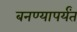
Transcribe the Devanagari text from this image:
बनण्यापर्यंत